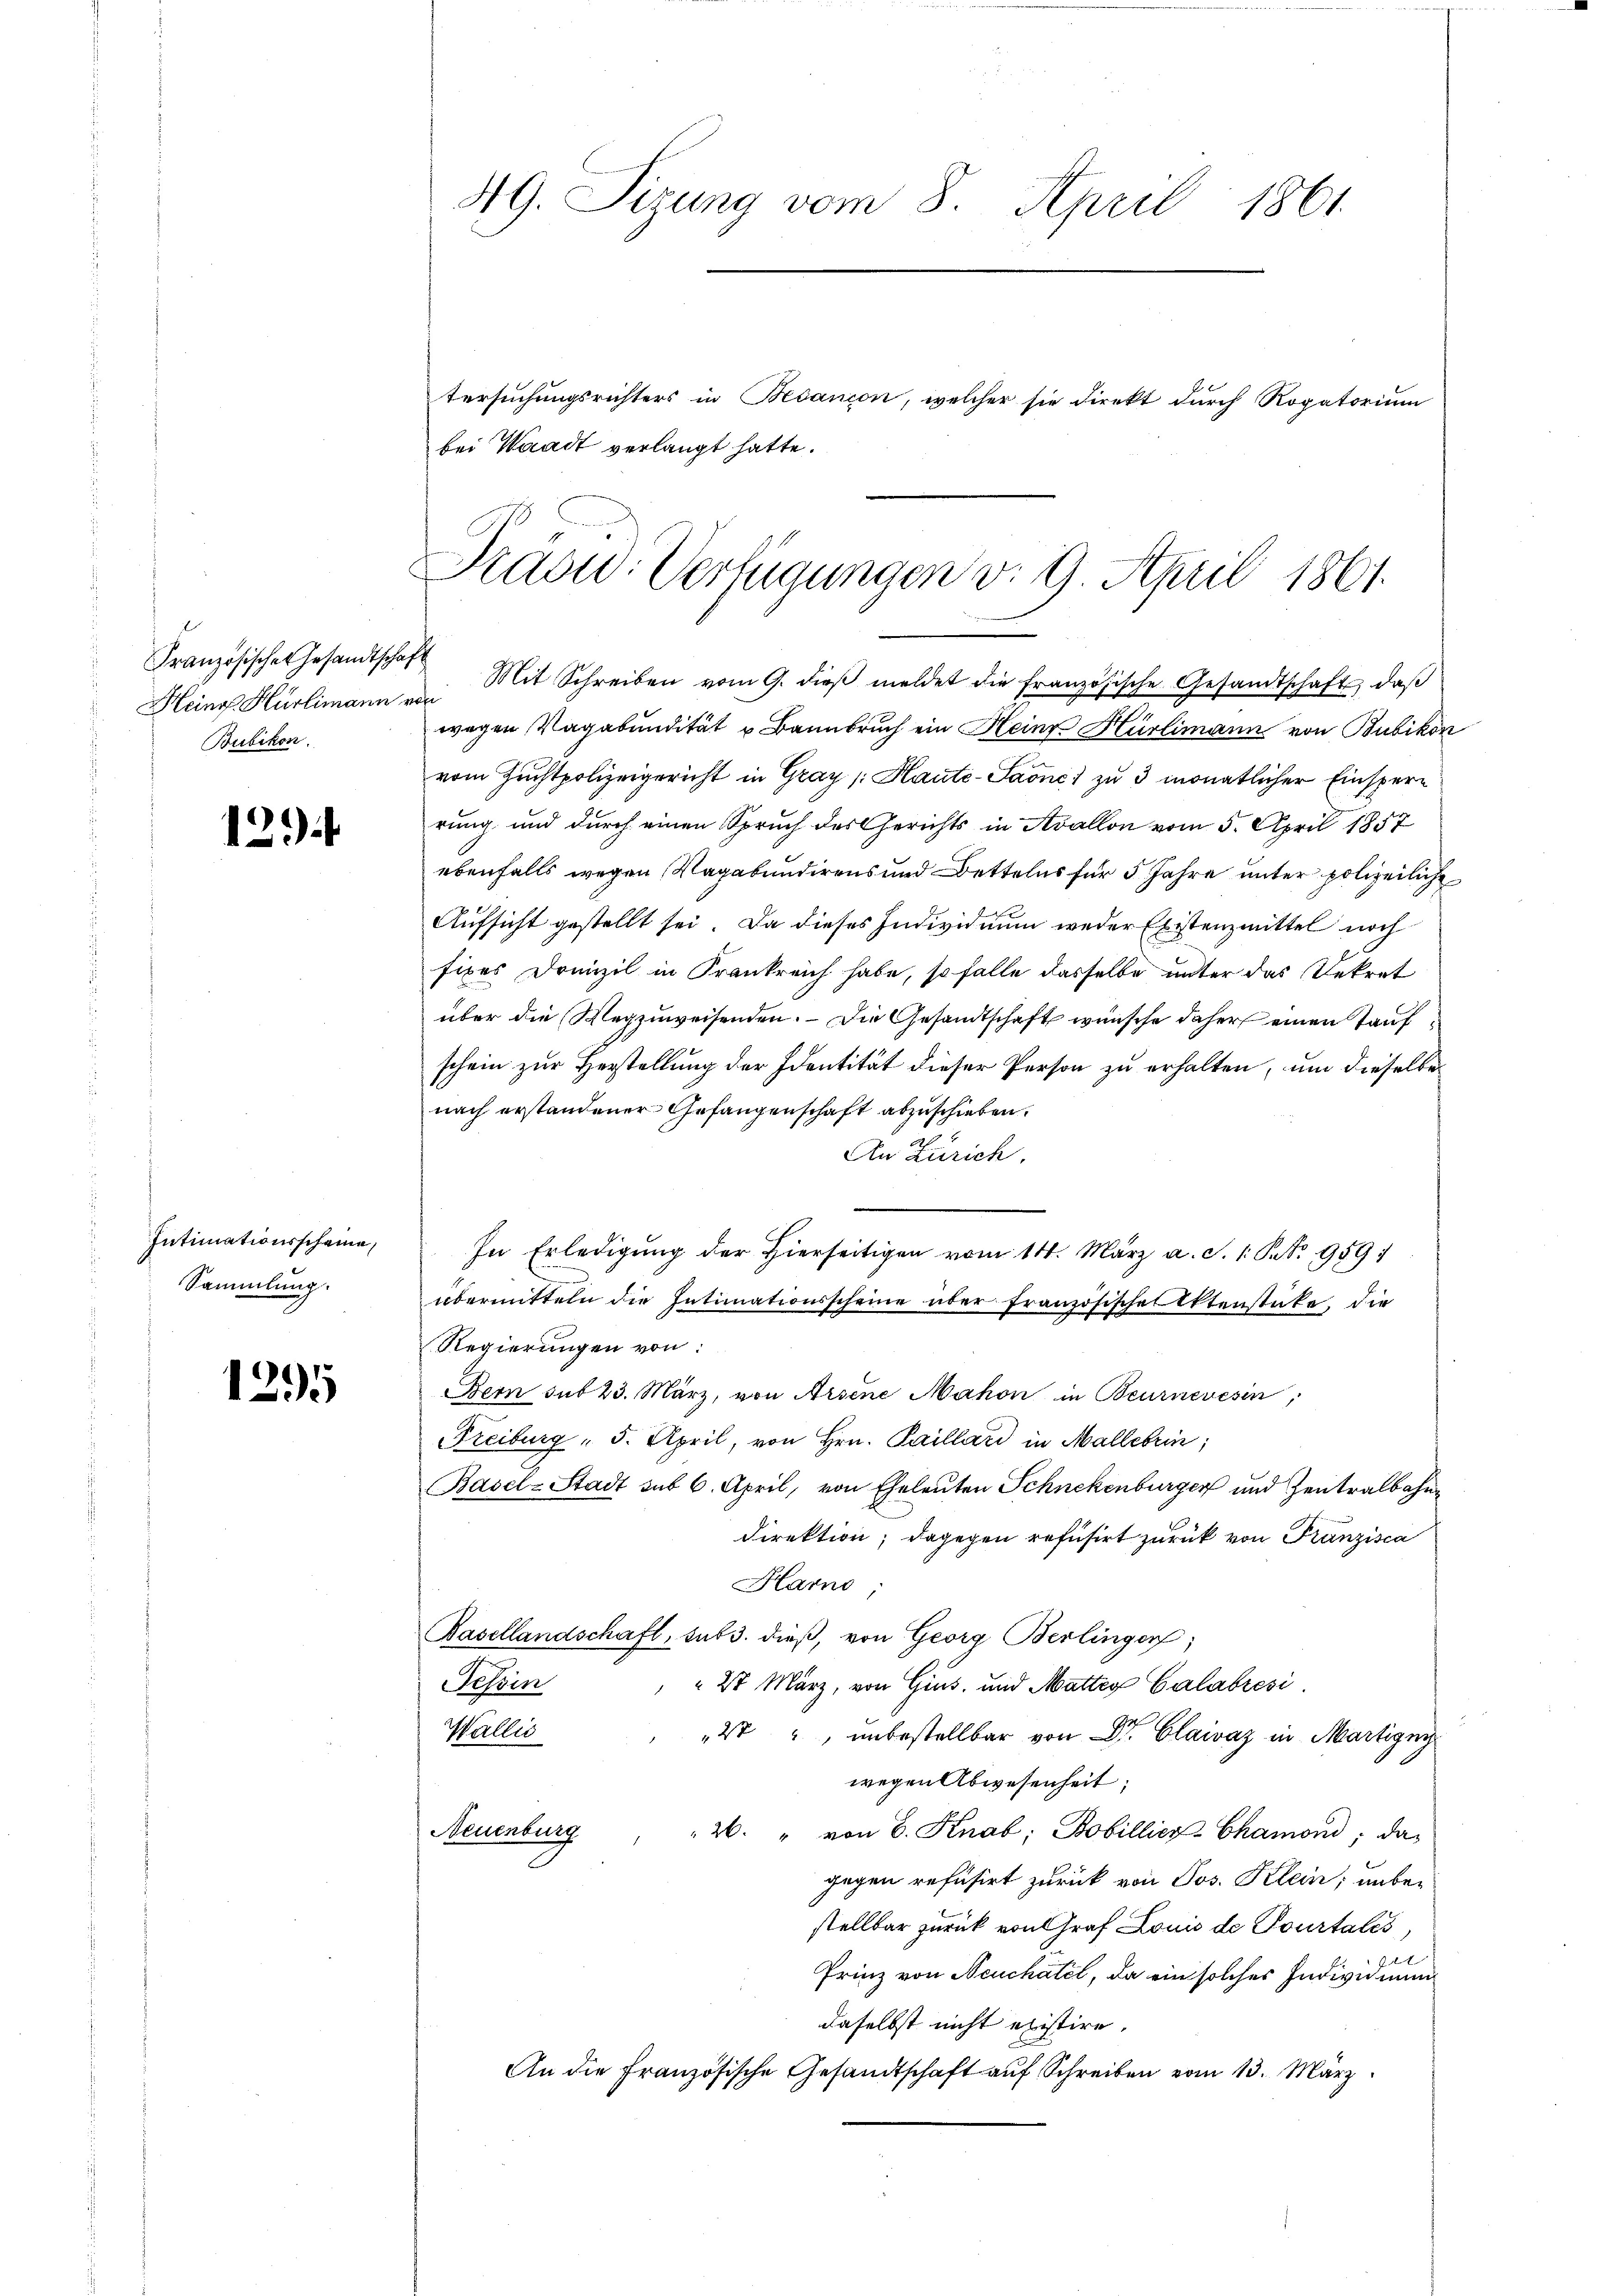
Französischen Gesandtschaft
Bubikon.

129

Intimationsscheine
Sammlung.

1295

49. Sizung vom 8. April 1861
tersuchungsrichters in Besançon, welcher sie direkt durch Rogatorium
bei Waadt verlangt hatte.

Präsid. Verfügungen v. 9. April 1861.

Heing Hürlimann von Mit Schreiben vom 9. dieβ meldet die französische Gesandtschaft, daß
wegen Vagabundität u. Bannbruch ein Heinz Hürlimann von Bubikon
vom Zuchtpolizeigericht in Graz /: Haute-Saone) zu 3 monatlicher Einspern
rung und durch einen Spruch des Gerichts in Avallon vom 5. April 1857
ebenfalls wegen Vagabundirens und Bettelns für 5 Jahre unter polizeiliche
Aufsicht gestellt sei. Da dieses Individuum weder Existenzmittel noch
fixes Domizil in Frankreich habe, so falle dasselbe unter das Dekret
über die Wegzuweisenden. Die Gesandtschaft wünsche daher einen Taufschein zur Herstellung der Identität dieser Person zu erhalten, um dieselbe
nach erstandener Gefangenschaft abzuschieben.
An Zürich.
In Erledigung der hierseitigen vom 14. März a. S. 1: St. 959:
übermitteln die Intimationsscheine über französische Aktenstücke, die
Regierungen von:
Bern sub 23. März, von Arsene Mahon in Beurneresin,
Freiburg " 5. April, von Hrn. Paillard in Mallebrin;
Basel-Stadt sub 6. April, von Eheleuten Schnekenburger und Zentralbahn¬
Direktion; dagegen refusirt zurück von Franzisca
Harno
Basellandschaft, sub 3. dieß, von Georg Berlinger;
27 März, von Gius, und Matter Calabrési
Tessin
Wallis
2t", unbestellbar von Dr. Claivaz in Martigny
wegen Abwesenheit;
26. " von 6. Knab; Bobillier-Chamoni; das
Neuenburg
gegen refusirt zurück von Jos. Klein; unbestellbar zurück von Graf Louis de Pourtales,
1
Prinz von Neuchatel, da ein solches Individuum
daselbst nicht existire.
An die Französische Gesandtschaft auf Schreiben vom 13. März